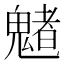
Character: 𩴀